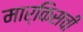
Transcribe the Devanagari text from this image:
मार्किसची